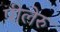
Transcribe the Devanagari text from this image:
पीलेरु